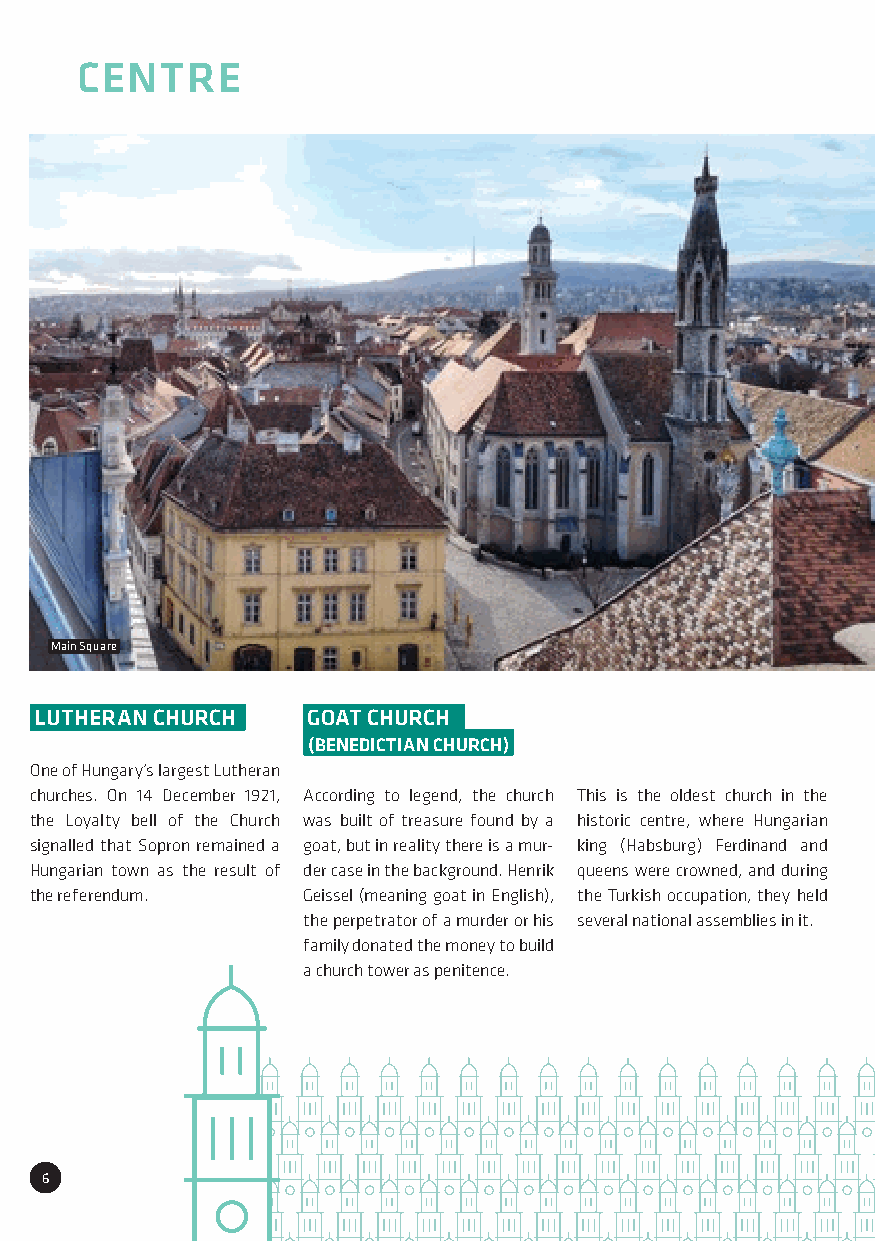
CENTRE
 Main Square
 LUTHERAN CHURCH   GOAT CHURCH
 (BENEDICTIAN CHURCH)
 One of Hungary’s largest Lutheran
 churches. On 14 December 1921, According to legend, the church This is the oldest church in the
 the Loyalty bell of the Church was built of treasure found by a historic centre, where Hungarian
 signalled that Sopron remained a goat, but in reality there is a mur- king (Habsburg) Ferdinand and
 Hungarian town as the result of der case in the background. Henrik queens were crowned, and during
 the referendum.   Geissel (meaning goat in English), the Turkish occupation, they held
 the perpetrator of a murder or his several national assemblies in it.
 family donated the money to build
 a church tower as penitence.
 6